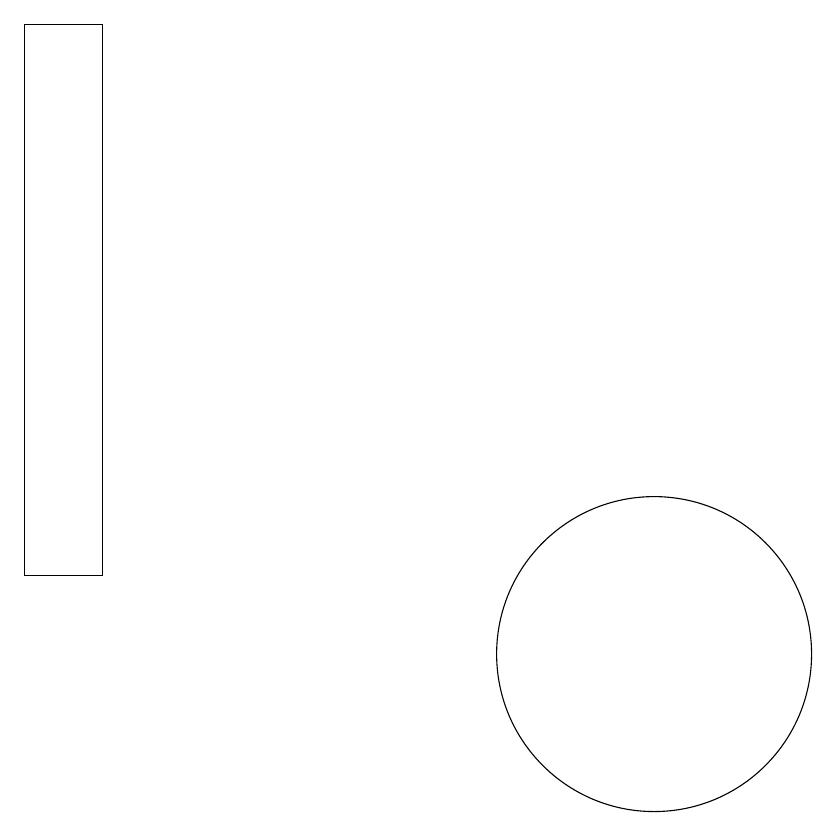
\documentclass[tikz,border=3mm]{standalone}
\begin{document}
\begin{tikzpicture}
\draw (11,10) circle (2);
\draw (4,18) rectangle (4,16);
\draw (4,11) rectangle (3,18);
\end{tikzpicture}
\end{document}